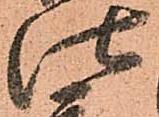
仕